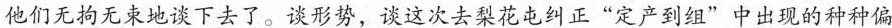
他们无拘无束地谈下去了。谈形势，谈这次去梨花屯纠正“定产到组”中出现的种种偏